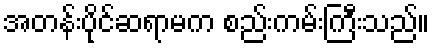
အတန်းပိုင်ဆရာမက စည်းကမ်းကြီးသည်။